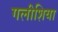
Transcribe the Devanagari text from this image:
गलीशिया